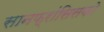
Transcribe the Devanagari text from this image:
सानफ्रांसिसको